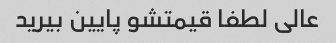
عالی لطفا قیمتشو پایین بیرید